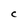
Character: C